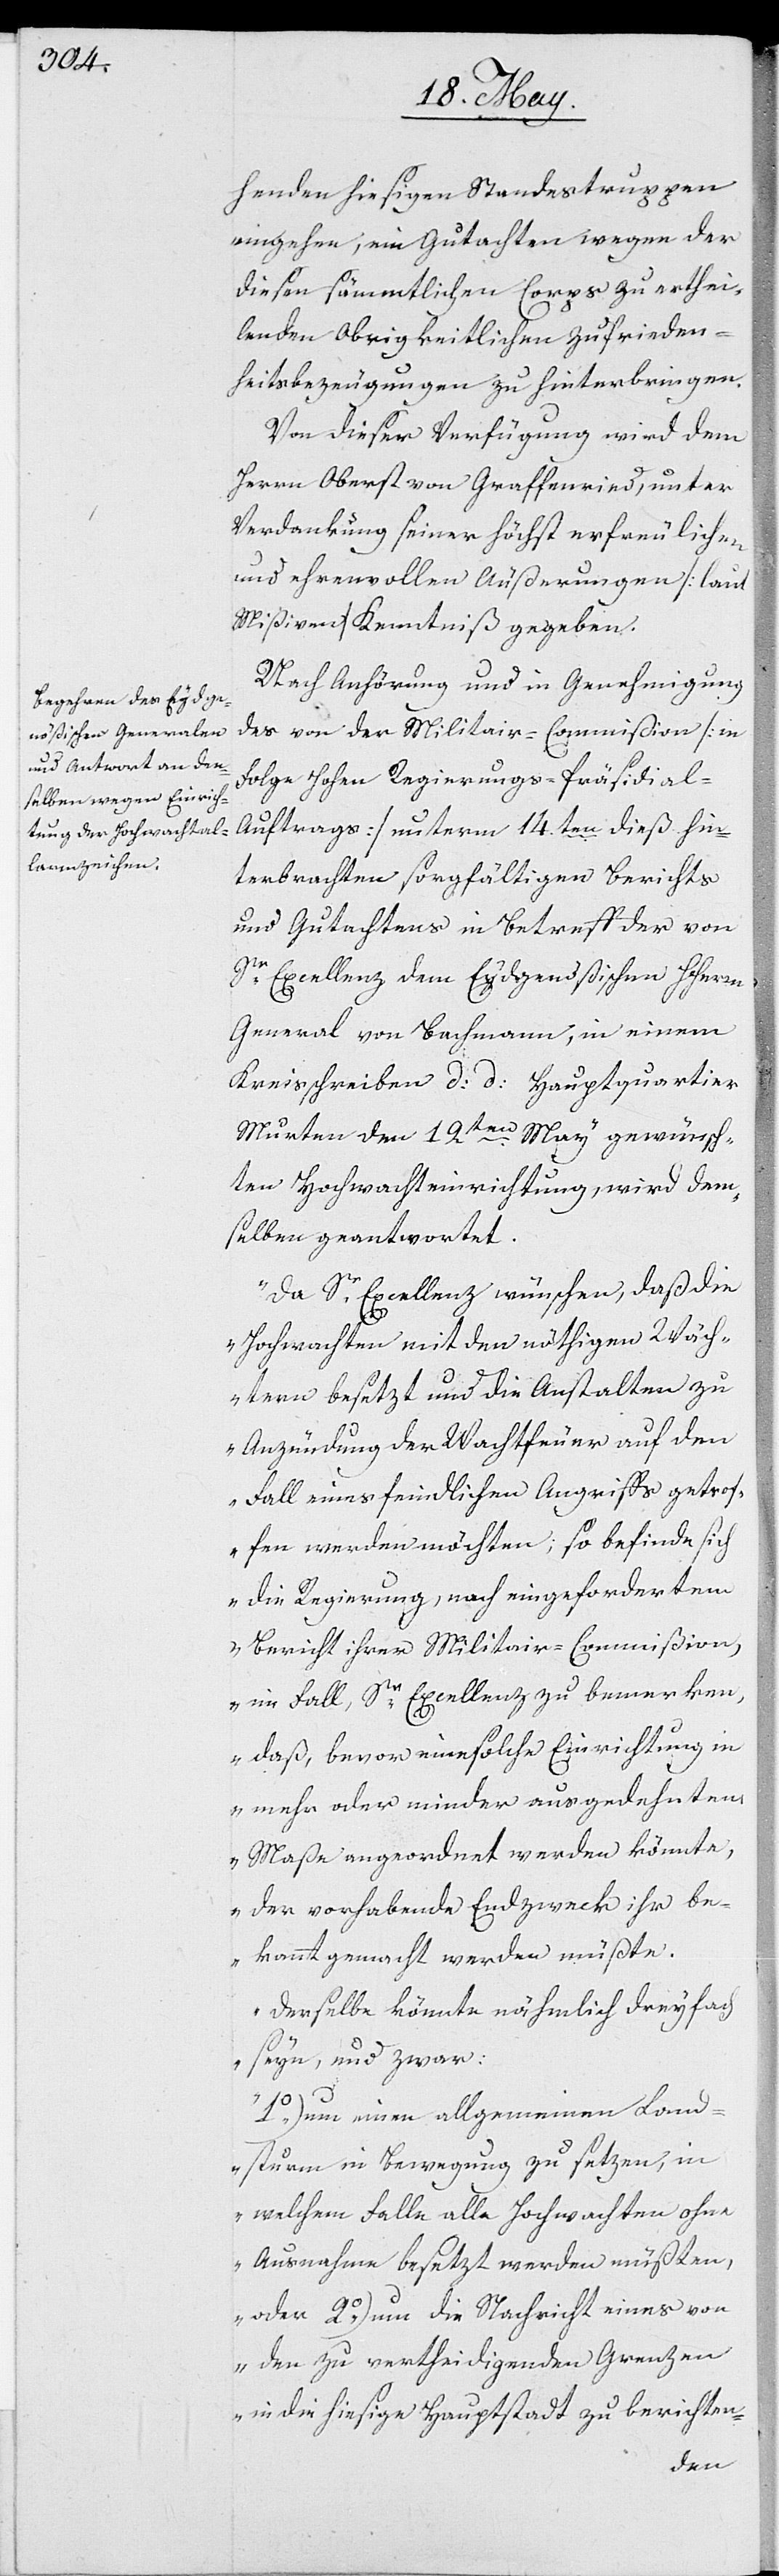
henden hiesigen Standestruppen
eingehen, ein Gutachten wegen der
diesen sämmtlichen Corps zu erthei¬
lenden Obrigkeitlichen Zufrieden¬
heitsbezeugungen zu hinterbringen.
Von dieser Verfügung wird dem
Herrn Oberst von Graffenried, unter
Verdankung seiner höchst erfreulichen
und ehrenvollen Äußerungen (laut
Mißiven) Kenntniß gegeben.
Nach Anhörung und in Genehmigung
der vor der Militar-Commißion (in
Folge Hohen Regierungs-Präsidial-A¬
uftrags) unterm 14ten dieß hin¬
terbrachten sorgfältigen Berichts
und Gutachtens in Betreff der von
Sr. Excellenz dem Eydsgenößischen Herrn
General von Bachmann, in einem
Kreisschreiben d. d. Hauptquartier
Murten den 19ten May gewünsch¬
ten Hochwachteinrichtung, wird dem¬
selben geantwortet.
„Da Se. Excellenz wünschen, daß die
Hochwachten mit den nöthigen Wäch¬
tern besetzt und die Anstalten zu
Anzündung der Wachtfeuer auf den
Fall eines feindlichen Angriffs getrof¬
fen werden möchten; so befinde sich
die Regierung, nach eingefordertem
Bericht ihrer Militar-Commißion,
im Fall, Sr. Excellenz zu bemerken,
daß, bevor eine solche Einrichtung in
mehr oder minder ausgedehntem
Maaße angeordnet werden könnte,
der vorhabende Endzweck ihr be¬
kannt gemacht werden müßte.
Derselbe könnte nämlich dreyfach
sein, und zwar:
1.) Um einen allgemeinen Land¬
sturm in Bewegung zu setzen, in
welchem Falle alle Hochwachten ohne
Ausnahmen besetzt werden müßten,
oder 2.) um die Nachricht eines von
den zu vertheidigenden Grenzen
in die hiesige Hauptstadt zu berichten-